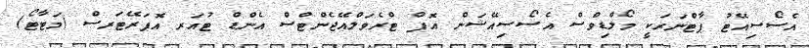
އެސޯސިއޭޓު ޕާޓްނަރަކީ މޯލްޑިވްސް އެސޯސިއޭޝަން އޮފް ޓްރެވަލްއޭޖެންޓްސް އެންޑް ޓުއަރ އޮޕަރޭޓަރސް (މަޓާޓޯ)